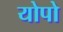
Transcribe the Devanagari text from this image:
योपो